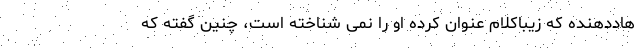
هاددهنده که زیباکلام عنوان کرده او را نمی شناخته است، چنین گفته که